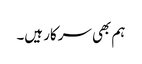
ہم بھی سرکار ہیں۔